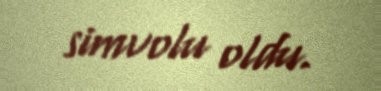
simvolu oldu.